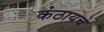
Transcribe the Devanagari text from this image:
कंठायचे